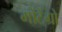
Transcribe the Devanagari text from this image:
मोंटेंग्रो